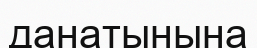
данатынына